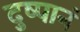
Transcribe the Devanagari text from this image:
दुष्पानं